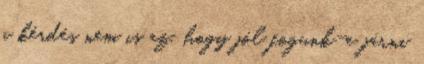
a kérdés nem is az, hogy jól fogunk-e járni